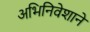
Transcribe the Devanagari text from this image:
अभिनिवेशाने